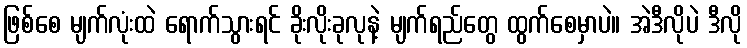
ဖြစ်စေ မျက်လုံးထဲ ရောက်သွားရင် ခိုးလိုးခုလုနဲ့ မျက်ရည်တွေ ထွက်စေမှာပဲ။ အဲဒီလိုပဲ ဒီလို